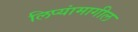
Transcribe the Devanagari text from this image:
लिप्यांमागील